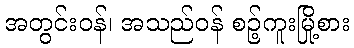
အတွင်းဝန်၊ အသည်ဝန် စဉ့်ကူးမြို့စား